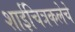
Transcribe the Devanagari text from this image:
शाईचित्रकलेचे